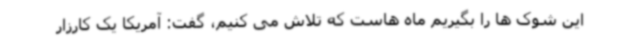
این شوک ها را بگیریم ماه هاست که تلاش می کنیم، گفت: آمریکا یک کارزار